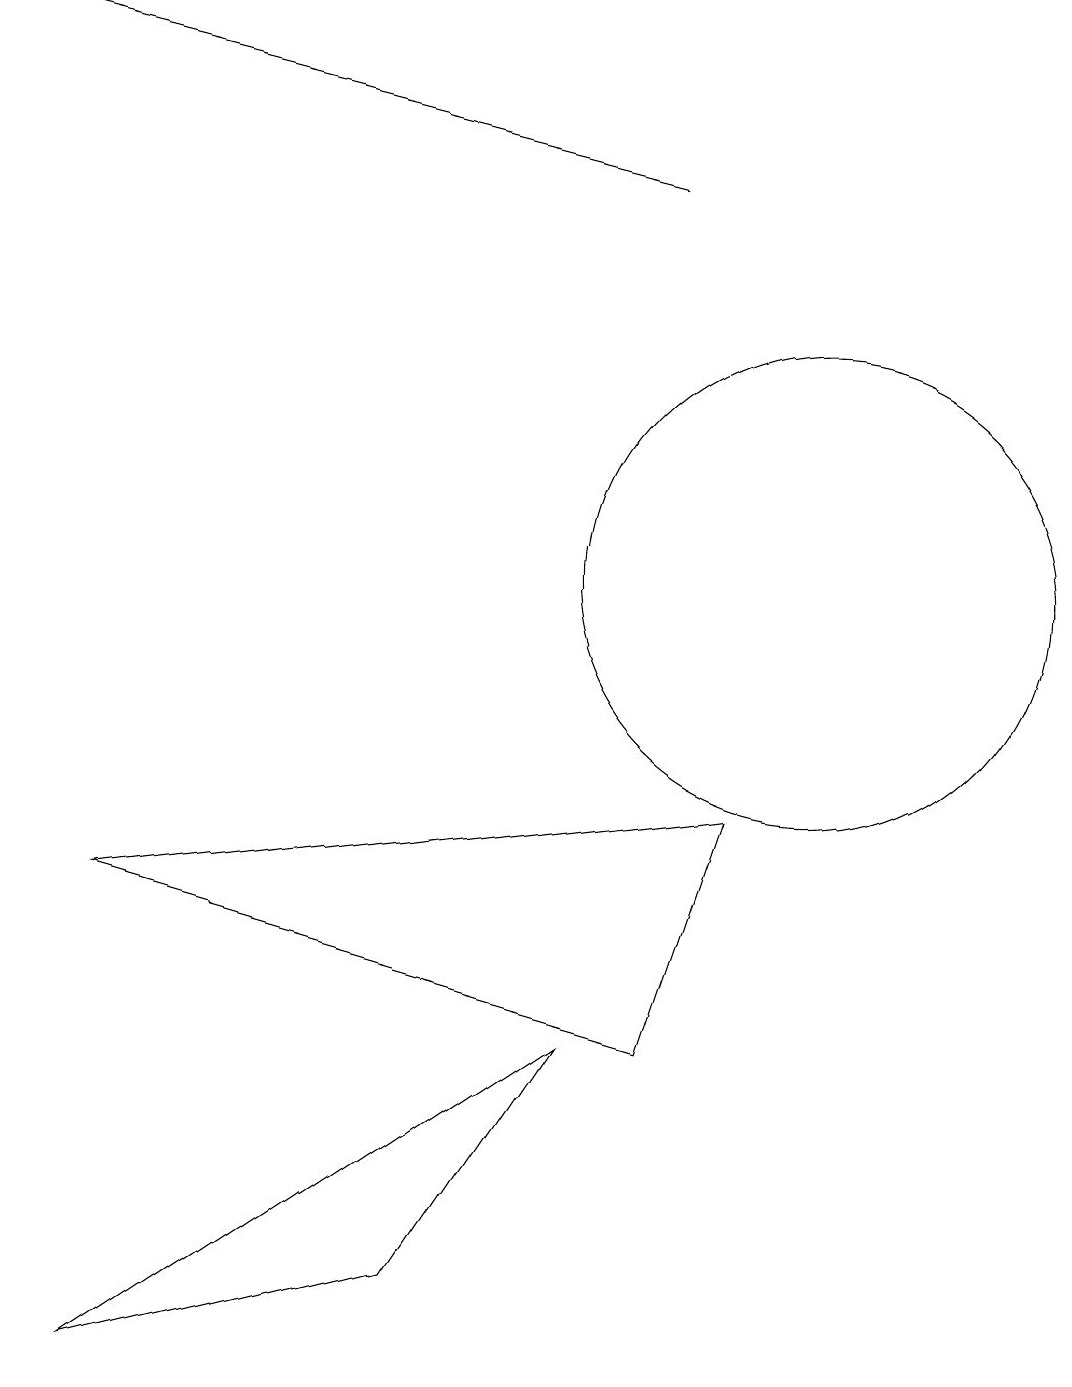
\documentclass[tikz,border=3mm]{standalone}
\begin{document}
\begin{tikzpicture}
\draw (3,10) rectangle (3,10);
\draw[->] (8,15) -- (0,17);
\draw (5,1) -- (1,0) -- (7,4) -- cycle;
\draw (10,10) circle (3);
\draw (9,7) -- (8,4) -- (1,6) -- cycle;
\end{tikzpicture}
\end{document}